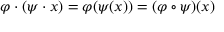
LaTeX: \varphi \cdot ( \psi \cdot x ) = \varphi ( \psi ( x ) ) = ( \varphi \circ \psi ) ( x )